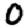
Digit: 0